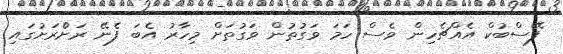
ފޭސްބުކް އެއްޗެހިން ވެސް ހަމަ ވަގުތުން ވަގުތަށް މިހާރު އެބަ ފެނޭ ރަށްެރަށުގައި